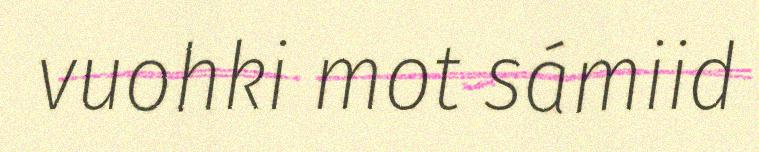
vuohki mot sámiid